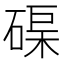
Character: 𥓼